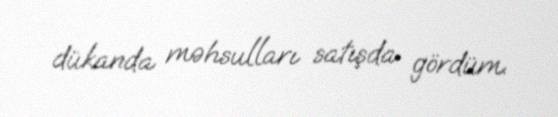
dükanda məhsulları satışda gördüm.